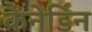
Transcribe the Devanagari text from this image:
कैनेडिन